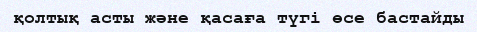
қолтық асты және қасаға түгі өсе бастайды